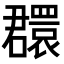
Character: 𦌺